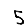
Digit: 5